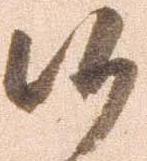
候